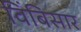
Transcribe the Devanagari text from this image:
विंबिसार